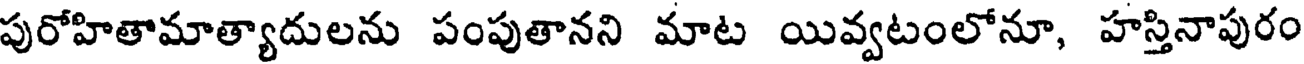
పురోహితామాత్యాదులను పంపుతానని మాట యివ్వటంలోనూ, హస్తినాపురం